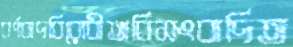
বর্ণবাদবিরোধীঅবিসংবাদিত